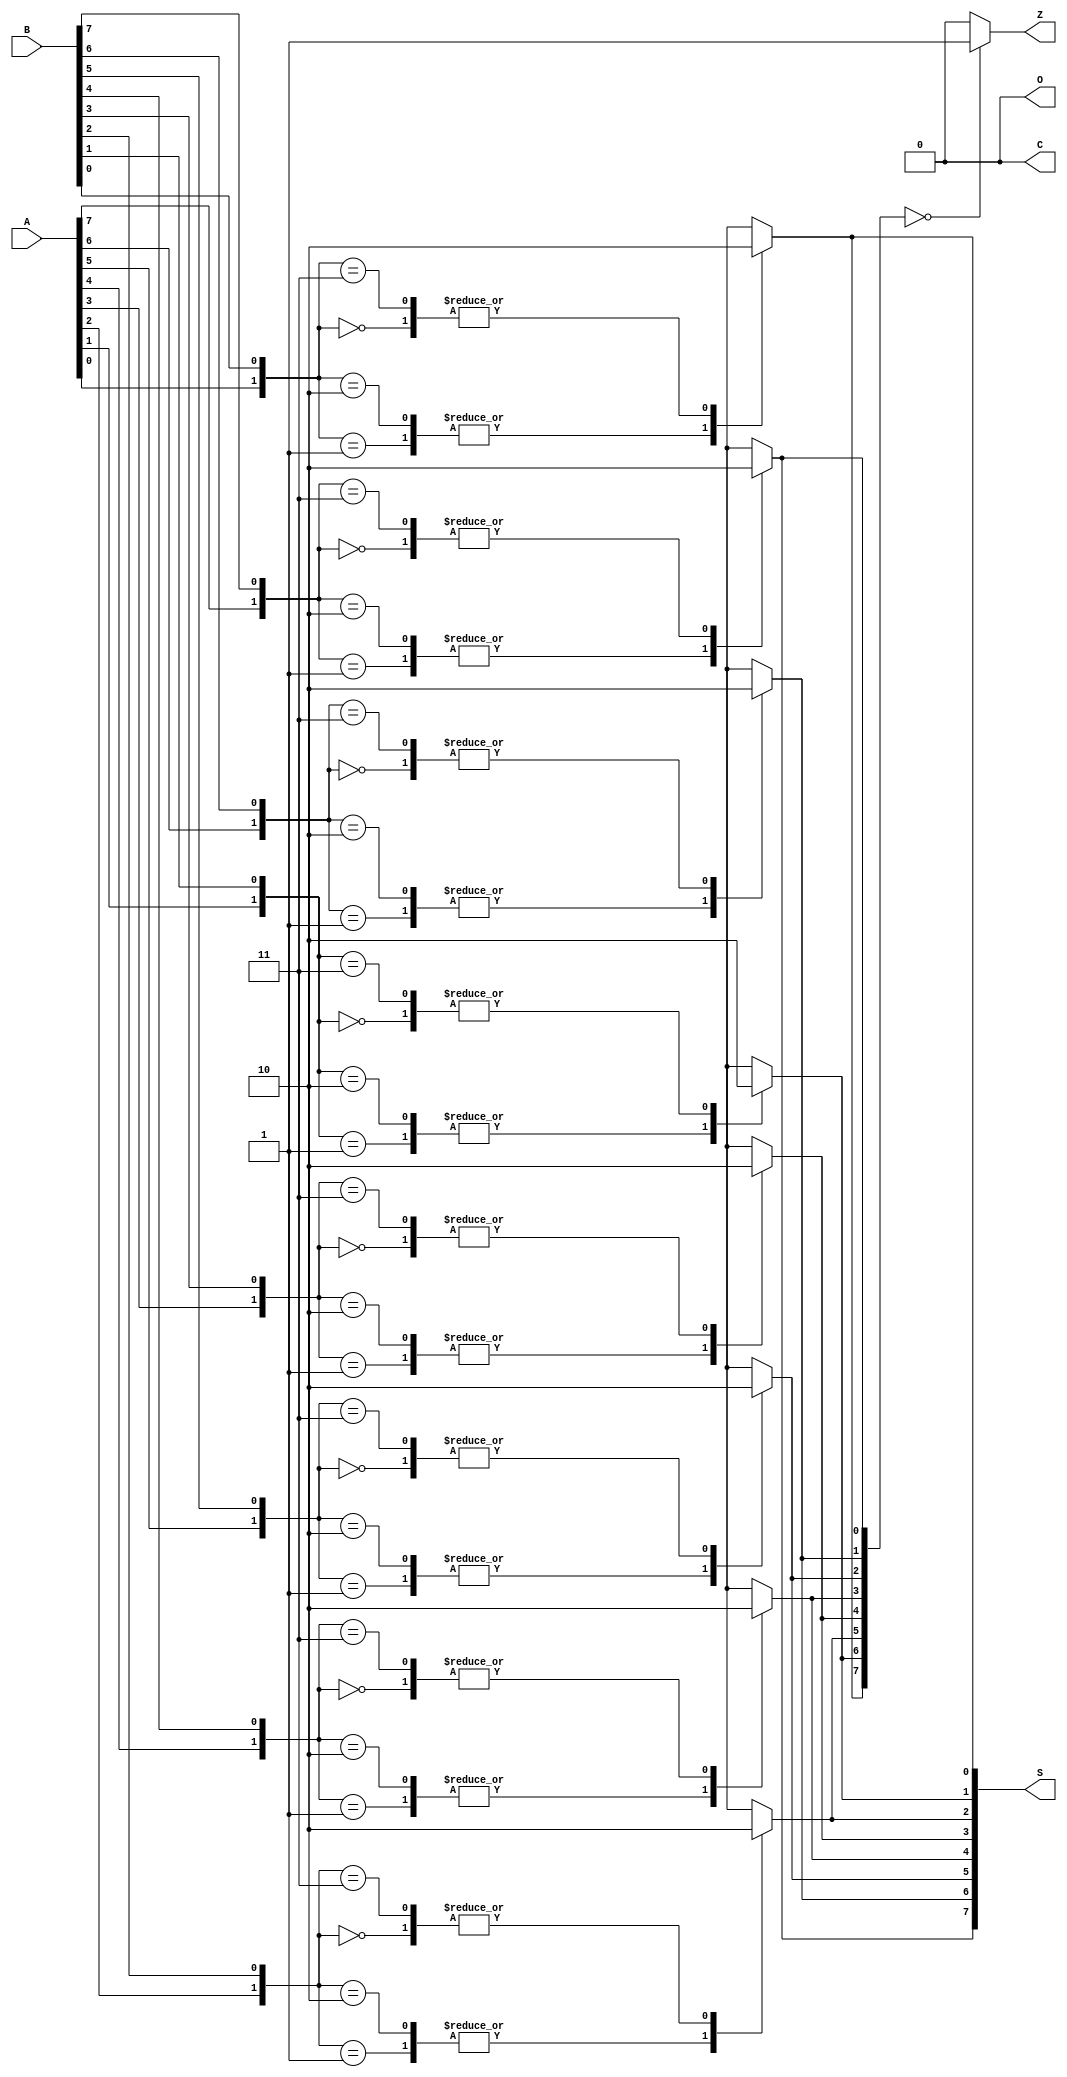
module xor_beh (A,B,S,Z,C,O);
input wire [7:0] A,B;
output reg [7:0] S;
output reg C,Z,O;
integer i;

always @(*)
begin

for(i=0;i<8;i=i+1)
begin 
case({A[i],B[i]})   //XOR
2'b00: S[i]= 0;
2'b01: S[i]= 1;
2'b10: S[i]= 1;
2'b11: S[i]= 0;
endcase
end 

case({S[0],S[1],S[2],S[3],S[4],S[5],S[6],S[7]})
8'b00000000: Z=1;
default : Z=0;
endcase

C=0;
O=0;

end
endmodule